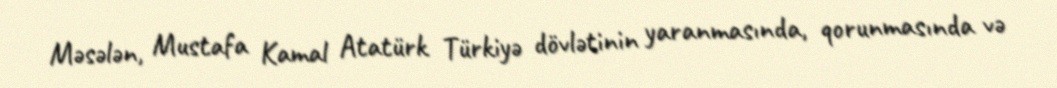
Məsələn, Mustafa Kamal Atatürk Türkiyə dövlətinin yaranmasında, qorunmasında və